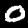
Label: 0